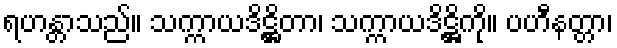
ရဟန္တာသည်။ သက္ကာယဒိဋ္ဌိတာ၊ သက္ကာယဒိဋ္ဌိကို။ ပဟီနတ္တာ၊